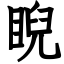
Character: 睨